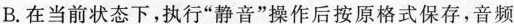
B.在当前状态下，执行“静音”操作后按原格式保存，音频